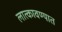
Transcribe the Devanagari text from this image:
लात्कावण्यात